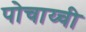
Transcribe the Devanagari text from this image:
पोचाय्ची